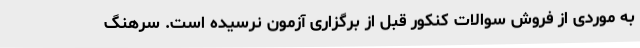
به موردی از فروش سوالات کنکور قبل از برگزاری آزمون نرسیده است. سرهنگ